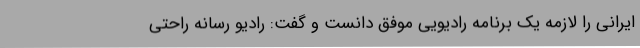
ایرانی را لازمه یک برنامه رادیویی موفق دانست و گفت: رادیو رسانه راحتی